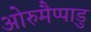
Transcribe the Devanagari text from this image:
ओरुमैप्पाडु